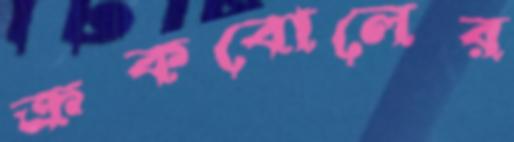
ক্রকবোলের